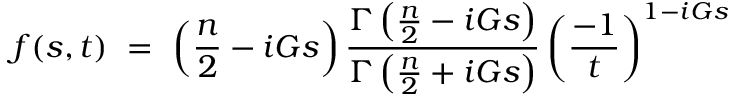
f ( s , t ) ~ = ~ \left( \frac { n } { 2 } - i G s \right) \frac { \Gamma \left( \frac { n } { 2 } - i G s \right) } { \Gamma \left( \frac { n } { 2 } + i G s \right) } \left( \frac { - 1 } { t } \right) ^ { 1 - i G s }